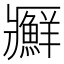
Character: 𰤊